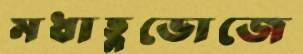
মধাহ্নভোজে